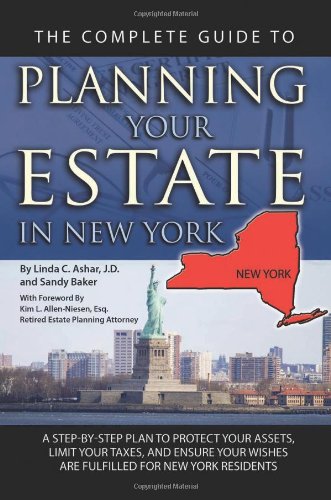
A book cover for The Complete Guide to Planning Your Estate in New York: A Step-by-step Plan to Protect Your Assets, Limit Your Taxes, and Ensure Your Wishes Are Fulfilled for New York Residents; Linda C. Ashar  Attorney at Law; Law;